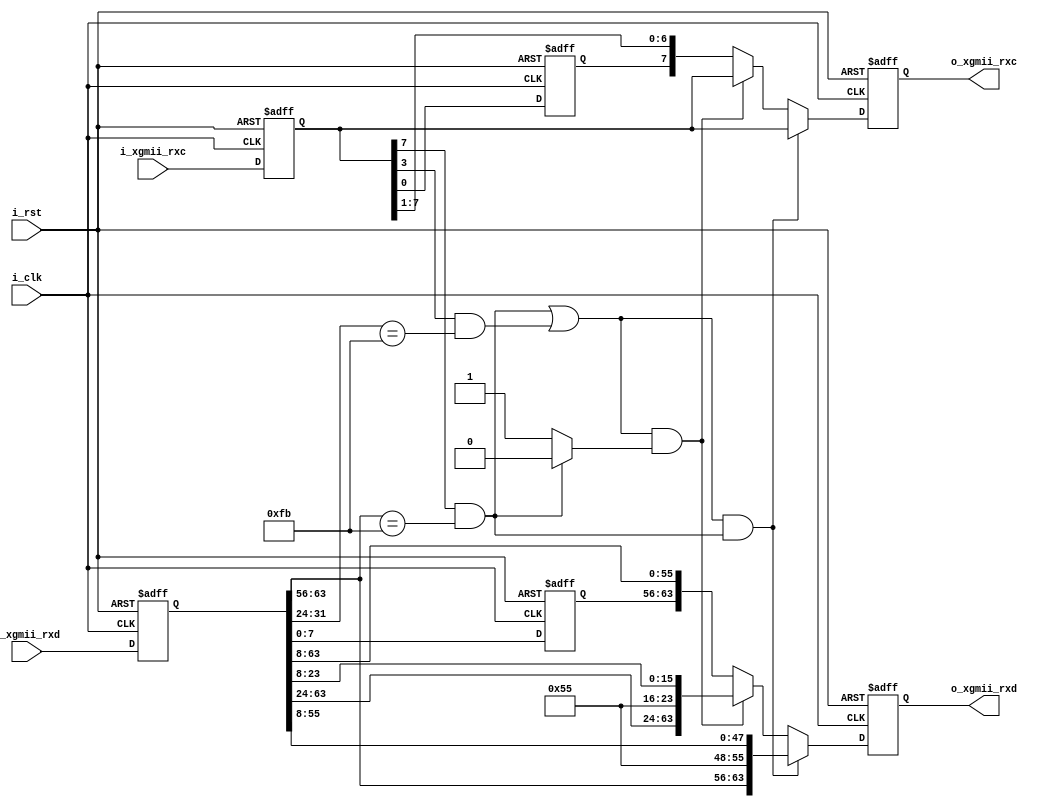
`timescale 1ns / 1ps
//////////////////////////////////////////////////////////////////////////////////
// Company: 
// Engineer: 
// 
// Design Name: 
// Module Name: MAC_RX_header
// Project Name: 
// Target Devices: 
// Tool Versions: 
// Description: 
// 
// Dependencies: 
// 
// Revision:
// Revision 0.01 - File Created
// Additional Comments:
// 
//////////////////////////////////////////////////////////////////////////////////


module MAC_RX_header(
    input           i_clk               ,
    input           i_rst               ,

    input  [63:0]   i_xgmii_rxd         ,
    input  [7 :0]   i_xgmii_rxc         ,

    output [63:0]   o_xgmii_rxd         ,
    output [7 :0]   o_xgmii_rxc         
);


reg  [63:0]         ri_xgmii_rxd        ;
reg  [7 :0]         ri_xgmii_rxc        ;
reg  [7 :0]         ri_xgmii_rxc_1d     ;
reg  [63:0]         ri_xgmii_rxd_1d     ;
reg  [63:0]         ro_xgmii_rxd        ;
reg  [7 :0]         ro_xgmii_rxc        ;

wire                w_sof               ;
wire                w_sof_local         ;
wire                w_eof               ;


assign o_xgmii_rxd = ro_xgmii_rxd       ;
assign o_xgmii_rxc = ro_xgmii_rxc       ;
assign w_sof = (ri_xgmii_rxc[7] && ri_xgmii_rxd[63:56] == 8'hFB) || 
               (ri_xgmii_rxc[3] && ri_xgmii_rxd[31:24] == 8'hFB) ;
assign w_sof_local = (ri_xgmii_rxc[7] && ri_xgmii_rxd[63:56] == 8'hFB) ? 0 : 1;

always@(posedge i_clk,posedge i_rst)
begin
    if(i_rst) begin
        ri_xgmii_rxd <= 'd0;
        ri_xgmii_rxc <= 'd0;
        ri_xgmii_rxc_1d <= 'd0;
        ri_xgmii_rxd_1d <= 'd0;
    end else begin
        ri_xgmii_rxd <= i_xgmii_rxd;
        ri_xgmii_rxc <= i_xgmii_rxc;
        ri_xgmii_rxc_1d <= ri_xgmii_rxc;
        ri_xgmii_rxd_1d <= ri_xgmii_rxd;
    end  
end

always@(posedge i_clk,posedge i_rst)
begin
    if(i_rst)   
        ro_xgmii_rxd <= 'd0;
    else if(w_sof && w_sof_local == 0)
        ro_xgmii_rxd <= {ri_xgmii_rxd[63:56],8'h55,ri_xgmii_rxd[55:8]};
    else if(w_sof && w_sof_local == 1)
        ro_xgmii_rxd <= {ri_xgmii_rxd[63:32],ri_xgmii_rxd[31:24],8'h55,ri_xgmii_rxd[23:8]};
    else 
        ro_xgmii_rxd <= {ri_xgmii_rxd_1d[7 :0],ri_xgmii_rxd[63:8]};
end

always@(posedge i_clk,posedge i_rst)
begin
    if(i_rst)   
        ro_xgmii_rxc <= 'd0;
    else if(w_sof && w_sof_local == 0)
        ro_xgmii_rxc <= ri_xgmii_rxc;
    else if(w_sof && w_sof_local == 1)
        ro_xgmii_rxc <= ri_xgmii_rxc;
    else 
        ro_xgmii_rxc <= {ri_xgmii_rxc_1d[0],ri_xgmii_rxc[7:1]};
end
endmodule